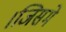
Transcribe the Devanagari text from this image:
।जिसमे